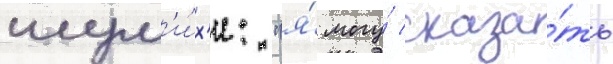
шум'и́х'и: "я́ могу́ сказа́ть